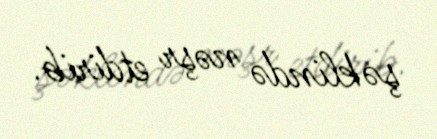
şəklində nəşr etdirib.